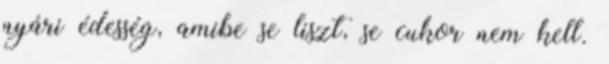
nyári édesség, amibe se liszt, se cukor nem kell.